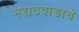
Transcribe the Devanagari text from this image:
मराठवाडाचे